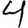
Digit: 4